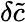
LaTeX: \delta\tilde{c}